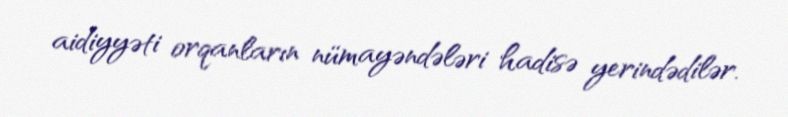
aidiyyəti orqanların nümayəndələri hadisə yerindədilər.